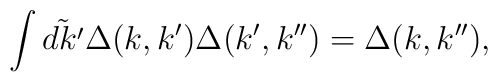
\int\tilde{dk^{\prime}}\Delta(k, k^{\prime}) \Delta(k^{\prime},k^{\prime\prime}) = \Delta(k, k^{\prime\prime}),